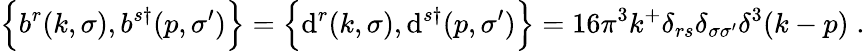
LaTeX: \Bigl\{ b^{r}(k,\sigma),b^{s\dagger}(p,\sigma^{\prime})\Bigr\} =\Bigl\{ \mathrm{d}^{r}(k,\sigma),\mathrm{d}^{s\dagger}(p,\sigma^{\prime})\Bigr\} =16\pi^{3}k^{+}\delta_{rs}\delta_{\sigma\sigma^{\prime}}\delta^{3}(k-p)\; .